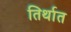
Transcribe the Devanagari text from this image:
तिर्थात